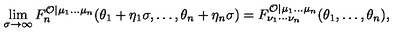
\lim _ { \sigma \rightarrow \infty } F _ { n } ^ { \mathcal { O } | \mu _ { 1 } \ldots \mu _ { n } } ( \theta _ { 1 } + \eta _ { 1 } \sigma , \ldots , \theta _ { n } + \eta _ { n } \sigma ) = F _ { \nu _ { 1 } \cdots \nu _ { n } } ^ { \mathcal { O } | \mu _ { 1 } \ldots \mu _ { n } } ( \theta _ { 1 } , \ldots , \theta _ { n } ) ,